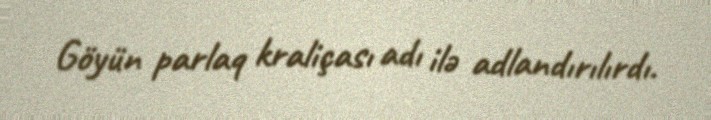
Göyün parlaq kraliçası adı ilə adlandırılırdı.